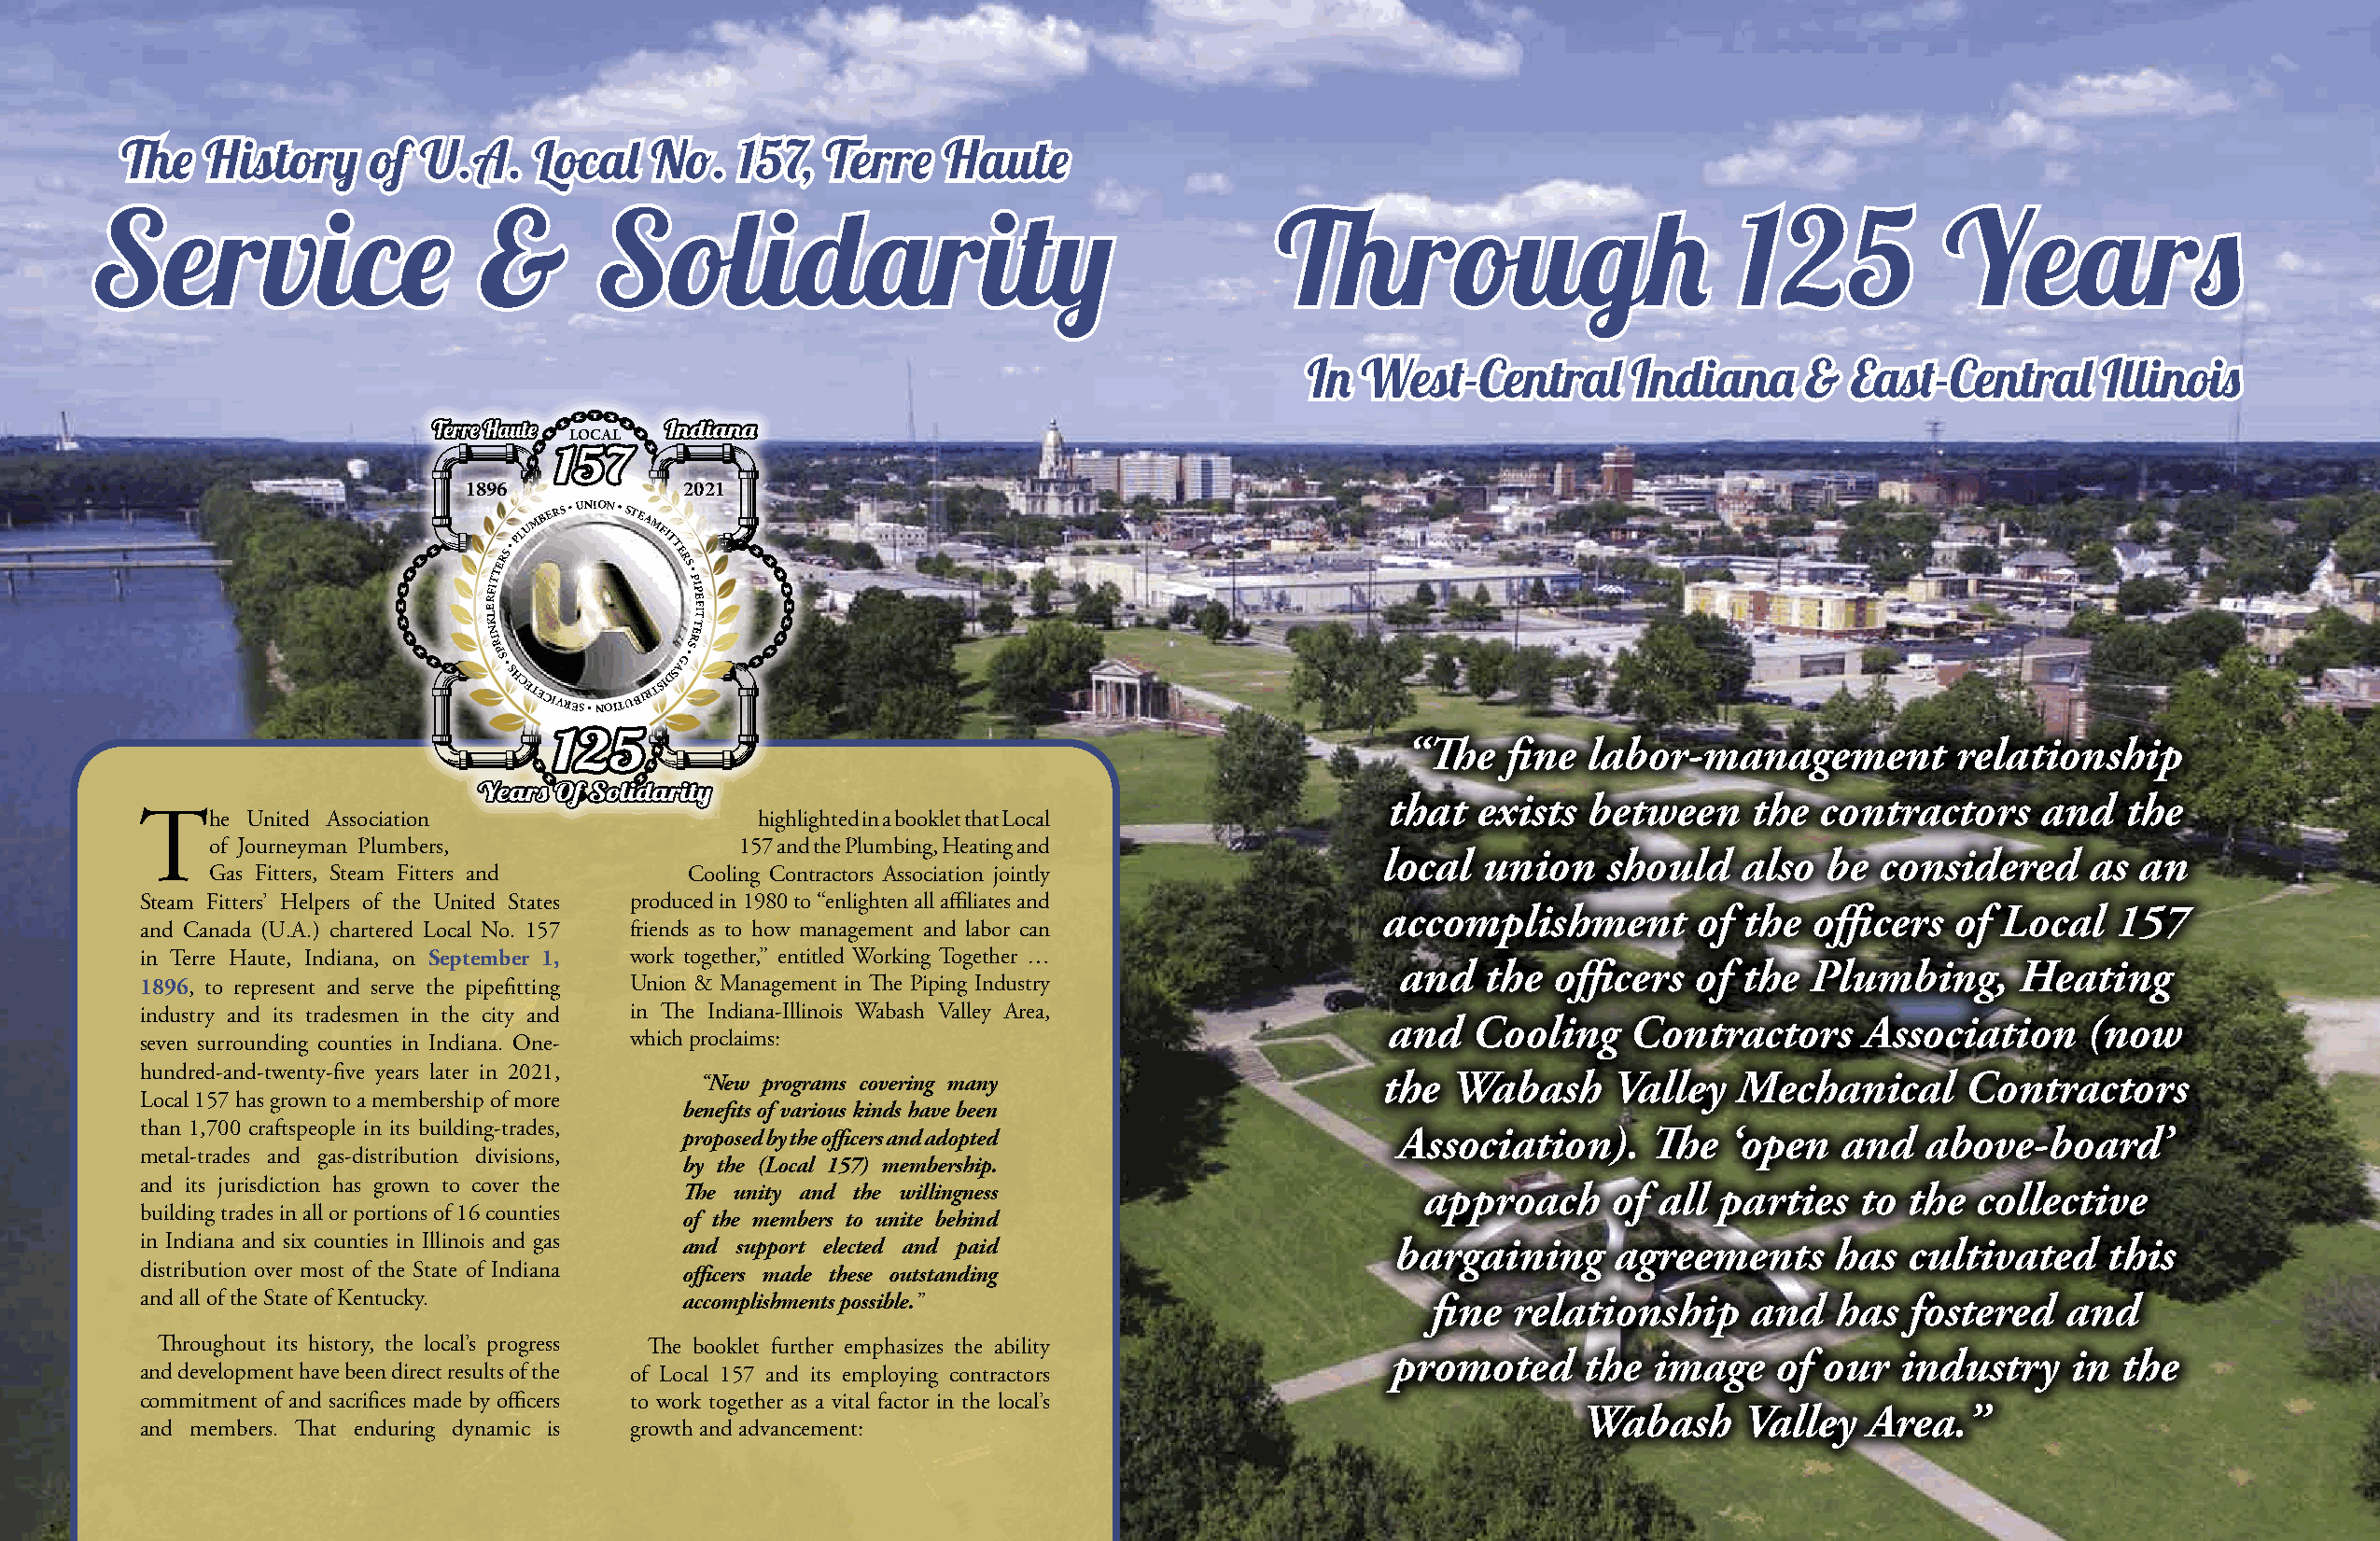
ThThee HHiissttoorryy ooff UU..AA.. LLooccaall NNoo.. 115577,, TTeerrrree HHaauuttee
 SSeerrvviiccee              &&      SSoolliiddaarriittyy                             ThThrroouugghh                  112255         YYeeaarrss
 IInn WWeesstt--CCeennttrraall IInnddiiaannaa && EEaasstt--CCeennttrraall IIlllliinnooiiss
 Terre Haute LOCAL Indiana
 157
 1896           2021
 M
 BERS • UNION • STEA
 TTERS •
 PLU      MFIT
 T E
 R
 S
 •
 P
 E
 LRFI          IP
 E
 F TI
 K             T
 N
 IR
 P S
 • S
 HCETECIVRES
 •
 NOITUBIR
 TSIDSAG
 •SRE
 “The   fine  labor-management          relationship
 125
 Years Of Solidarity                                             that   exists  between    the  contractors     and   the
 The     United Association                  highlighted in a booklet that Local
 of Journeyman Plumbers,              157 and the Plumbing, Heating and
 local  union    should   also  be  considered     as  an
 Gas Fitters, Steam Fitters and    Cooling Contractors Association jointly
 Steam Fitters’ Helpers of the United States produced in 1980 to “enlighten all affiliates and
 accomplishment        of  the  officers  of Local   157
 and Canada (U.A.) chartered Local No. 157 friends as to how management and labor can
 in Terre Haute, Indiana, on September 1, work together,” entitled Working Together …
 and   the  officers  of  the Plumbing,      Heating
 1896, to represent and serve the pipefitting Union & Management in The Piping Industry
 industry and its tradesmen in the city and in The Indiana-Illinois Wabash Valley Area,
 and   Cooling     Contractors     Association     (now
 seven surrounding counties in Indiana. One- which proclaims:
 hundred-and-twenty-five years later in 2021,
 “New programs covering many                     the  Wabash     Valley   Mechanical      Contractors
 Local 157 has grown to a membership of more
 benefits of various kinds have been
 than 1,700 craftspeople in its building-trades, proposed by the officers and adopted     Association).     The   ‘open   and   above-board’
 metal-trades and gas-distribution divisions,
 by the (Local 157) membership.
 and its jurisdiction has grown to cover the The unity and the willingness                  approach     of  all parties   to the  collective
 building trades in all or portions of 16 counties of the members to unite behind
 in Indiana and six counties in Illinois and gas and support elected and paid             bargaining      agreements     has  cultivated    this
 distribution over most of the State of Indiana officers made these outstanding
 and all of the State of Kentucky.     accomplishments possible.”                            fine relationship     and   has  fostered   and
 Throughout its history, the local’s progress The booklet further emphasizes the ability
 promoted     the  image    of our   industry    in the
 and development have been direct results of the of Local 157 and its employing contractors
 commitment of and sacrifices made by officers to work together as a vital factor in the local’s
 Wabash      Valley  Area.”
 and members. That enduring dynamic is growth and advancement: